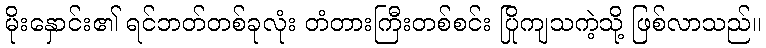
မိုးနှောင်း၏ ရင်ဘတ်တစ်ခုလုံး တံတားကြီးတစ်စင်း ပြိုကျသကဲ့သို့ ဖြစ်လာသည်။